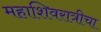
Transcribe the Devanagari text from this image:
महाशिवरात्रीचा